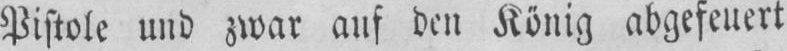
Pistolc und zwar auf den Konig abgefeuert